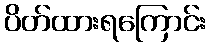
ပိတ်ထားရကြောင်း